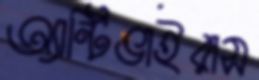
অ্যান্টিভাইরাস